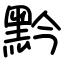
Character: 黔